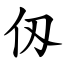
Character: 仭